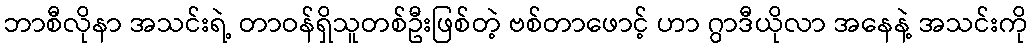
ဘာစီလိုနာ အသင်းရဲ့ တာဝန်ရှိသူတစ်ဦးဖြစ်တဲ့ ဗစ်တာဖောင့် ဟာ ဂွာဒီယိုလာ အနေနဲ့ အသင်းကို